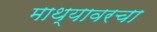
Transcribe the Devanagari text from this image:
माथ्यावरचा